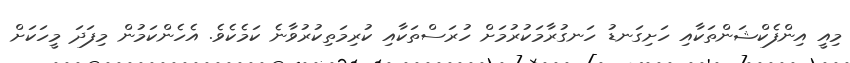
މިއީ އިންފެކްޝަންތަކާއި ހަށިގަނޑު ހަނގުރާމަކުރުމަށް ހުރަސްތަކާއި ކުރިމަތިކުރުވާނެ ކަމެކެވެ. އެހެންކަމުން މިފަދަ މީހަކަށް